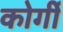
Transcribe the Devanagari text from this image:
कोर्गी